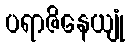
ပရာဇိနေယျုံ